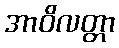
အာဝိလတ္တာ